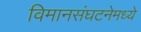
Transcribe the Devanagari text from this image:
विमानसंघटनेमध्ये